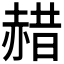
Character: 𫎯